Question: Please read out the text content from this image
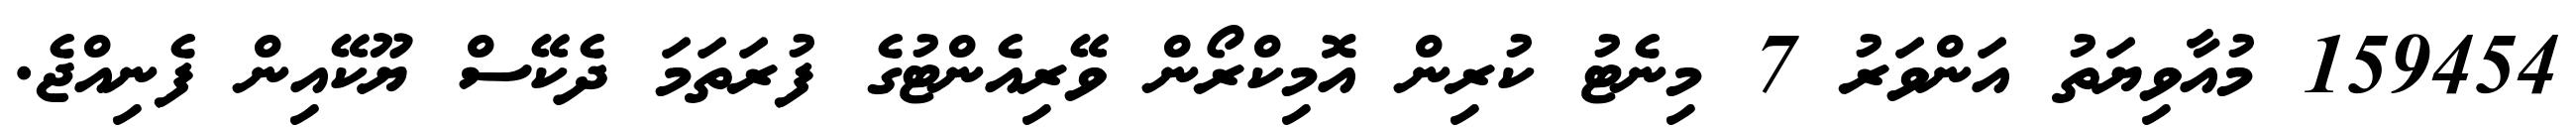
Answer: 159454 މުއާވިޔަތު އަންވަރު 7 މިނެޓު ކުރިން އޮމިކްރޯން ވޭރިއެންޓުގެ ފުރަތަމަ ދެކޭސް ޔޫކޭއިން ފެނިއްޖެ.